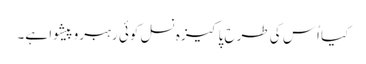
کیا اُس کی طرح پاکیزہ نسل کوئی رہبروپیشوا ہے۔